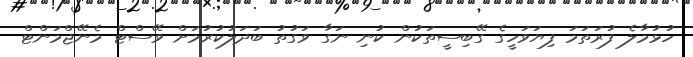
ހުޅުމާލެ ފުރަތަމަ ފިޔަވަހީގެ ގޭބިސީތަކުން ކުނި ނަގާ ވަގުތު ބަދަލުކުރުމަށް ވޭސްޓް މެނޭޖްމަންޓް